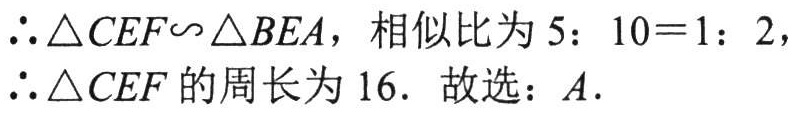
\(\therefore \triangle CEF\sim \triangle BEA，相似比为5：10 = 1：2，\\

\therefore \triangle CEF的周长为16. 故选：A.\)